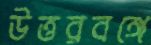
উত্তরবঙ্গে